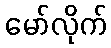
မော်လိုက်